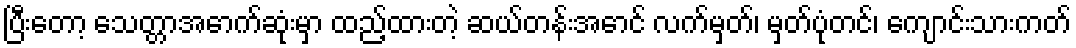
ပြီးတော့ သေတ္တာအောက်ဆုံးမှာ ထည့်ထားတဲ့ ဆယ်တန်းအောင် လက်မှတ်၊ မှတ်ပုံတင်၊ ကျောင်းသားကတ်